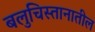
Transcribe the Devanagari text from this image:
बलुचिस्तानातील